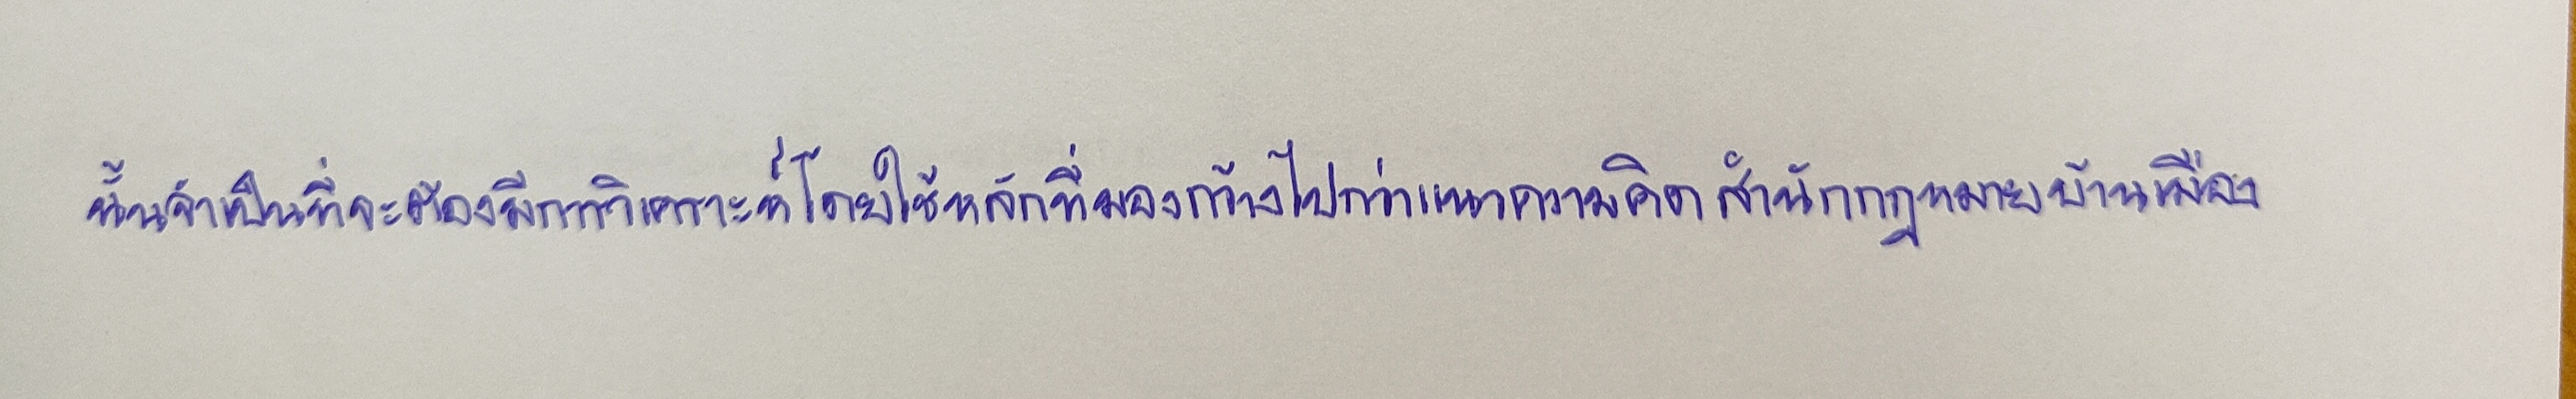
นั้นจำเป็นที่จะต้องมีการวิเคราะห์โดยใช้หลักการที่มองกว้างไปกว่าแนวความคิดสำนักกฎหมายบ้านเมือง